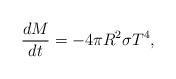
LaTeX: \begin{align*}{dM\over dt} = - 4\pi R^2 \sigma T^4,\end{align*}